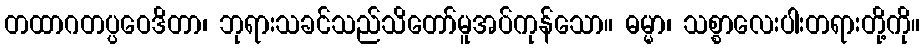
တထာဂတပ္ပဝေဒိတာ၊ ဘုရားသခင်သည်သိတော်မူအပ်ကုန်သော။ ဓမ္မာ၊ သစ္စာလေးပါးတရားတို့ကို။